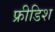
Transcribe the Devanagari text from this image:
फ्रीडिश